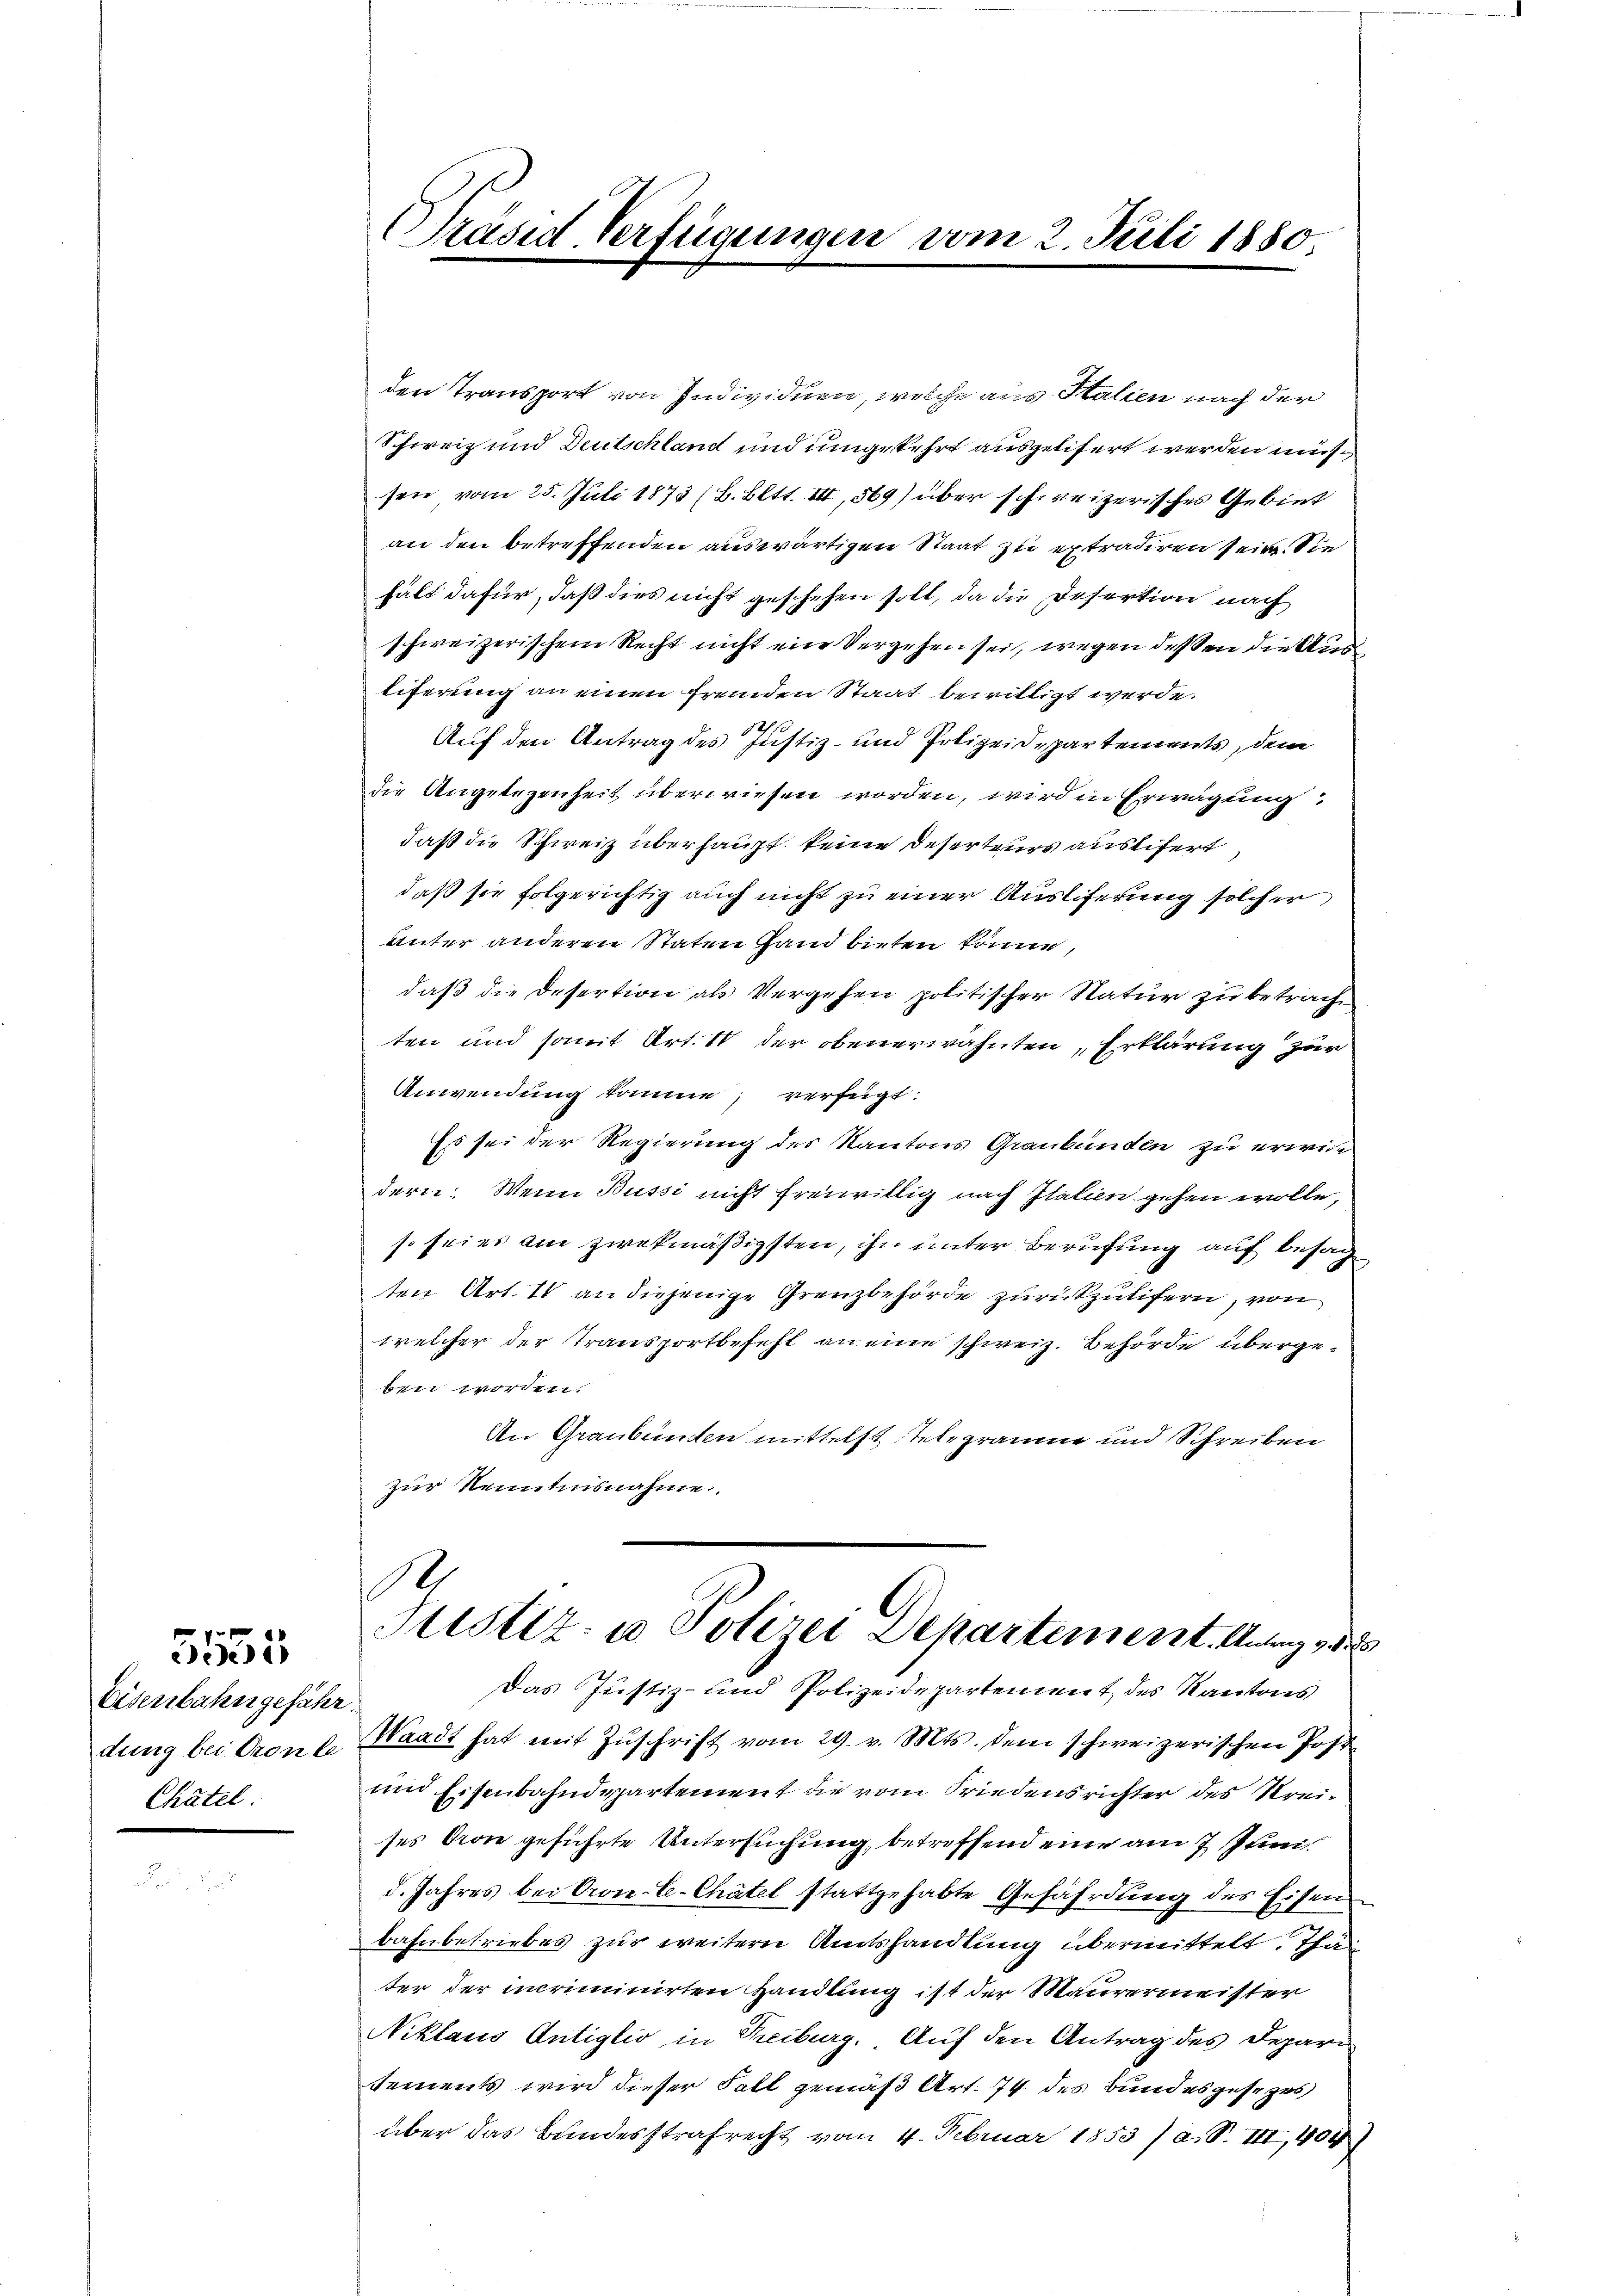
5155

Eisenbahngeführ
dung bei Cronle
Chätel.

Präses Verfügungen vom 2. Juli 1880.

den Transport von Individuen, welche aus Stalien nach der
Schweiz und Deutschland und umgekehrt ausgelitert werden müssen vom 25. Juli 1873 (B. Bett. III, 569) über schweizerisches Gebiet
an den betreffenden auswärtigen Staat zu extradiren sein. Sie
halt dafür, daß dies nicht geschehen soll, da die Desertion nach
schweizerischem Recht nicht ein Vergehen sei, wegen deßen die Ausliferung an einen fremden Staat bewilligt werde.
10
Auf den Antrag des Justiz- und Polizeidepartements, dem
die Angelegenheit überwiesen worden, wird in Erwägung:
daß die Schweiz überhaupt keine Deserteurs auslifert
daß sie folgerichtig auch nicht zu einer Auslieferung solcher
unter anderen Staten Hand bieten können,
daß die Desertion als Vergehen politischer Natur zu betracht
ten und somit Art. 1 der obenerwähnten „Erklärung zur
Anwendung komme, verfügt:
Es sei der Regierung des Kantons Graubünden zu erwide
dern: Wenn Bussi nicht freiwillig nach Italien gehen wolle,
so sei es am zwekmäßigsten, ihn unter Berufung auf besag
ten Art. 10 an diejenige Grenzbehörde zurückzulifern, von
welcher der Transportbefehl an eine schweiz. Behörde übergeben worden.
An Graubünden mittelst Telegräume und Schreiben
zur Renntnisnahme
S
Sistiz- u Polizei Departement. Antrag zu
Das Justiz- und Polizeidepartement des Kantons
Waadt hat mit Zŭschrift vom 29. v. Mts. dem schweizerischen Post
und Eisenbahndepartement die vom Friedensrichter des Streises von geführte Untersuchung, betreffend eine am 7. Juni
d. Jahres bei Pron-C.Chätel stattgehabte Gefährdung des Eisenbahnbetriebes zur weitern Amtshandlung übermittelt. Thät
ter der incriminirten Handlung ist der Maurermeister
Niklaus Antiglio in Freiburg. Auf den Antrag des Depari
sements wird dieser Fall gemäß Art. 74 des Bundesgesezes
über das Bundesstrafrecht vom 4. Februar 1853 / a. S. III, 454